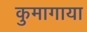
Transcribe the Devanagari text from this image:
कुमागाया